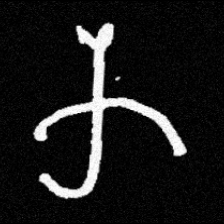
Pyu character \u2014 Myanmar letter: က (romanized: ka)